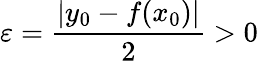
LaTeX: \varepsilon={\frac{|y_{0}-f(x_{0})|}{2}}>0